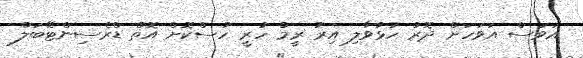
އަވަސް އަވަހަށް ދޮރު ހުޅުވާލި އިރު ރީމް ހުރީ ހުސްކޮށް އޮތް ޑްރެސިންޓޭބަލް